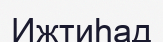
Ижтиһад